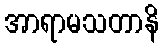
အာရာမသတာနိ